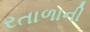
રતાળાની